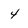
Character: 4